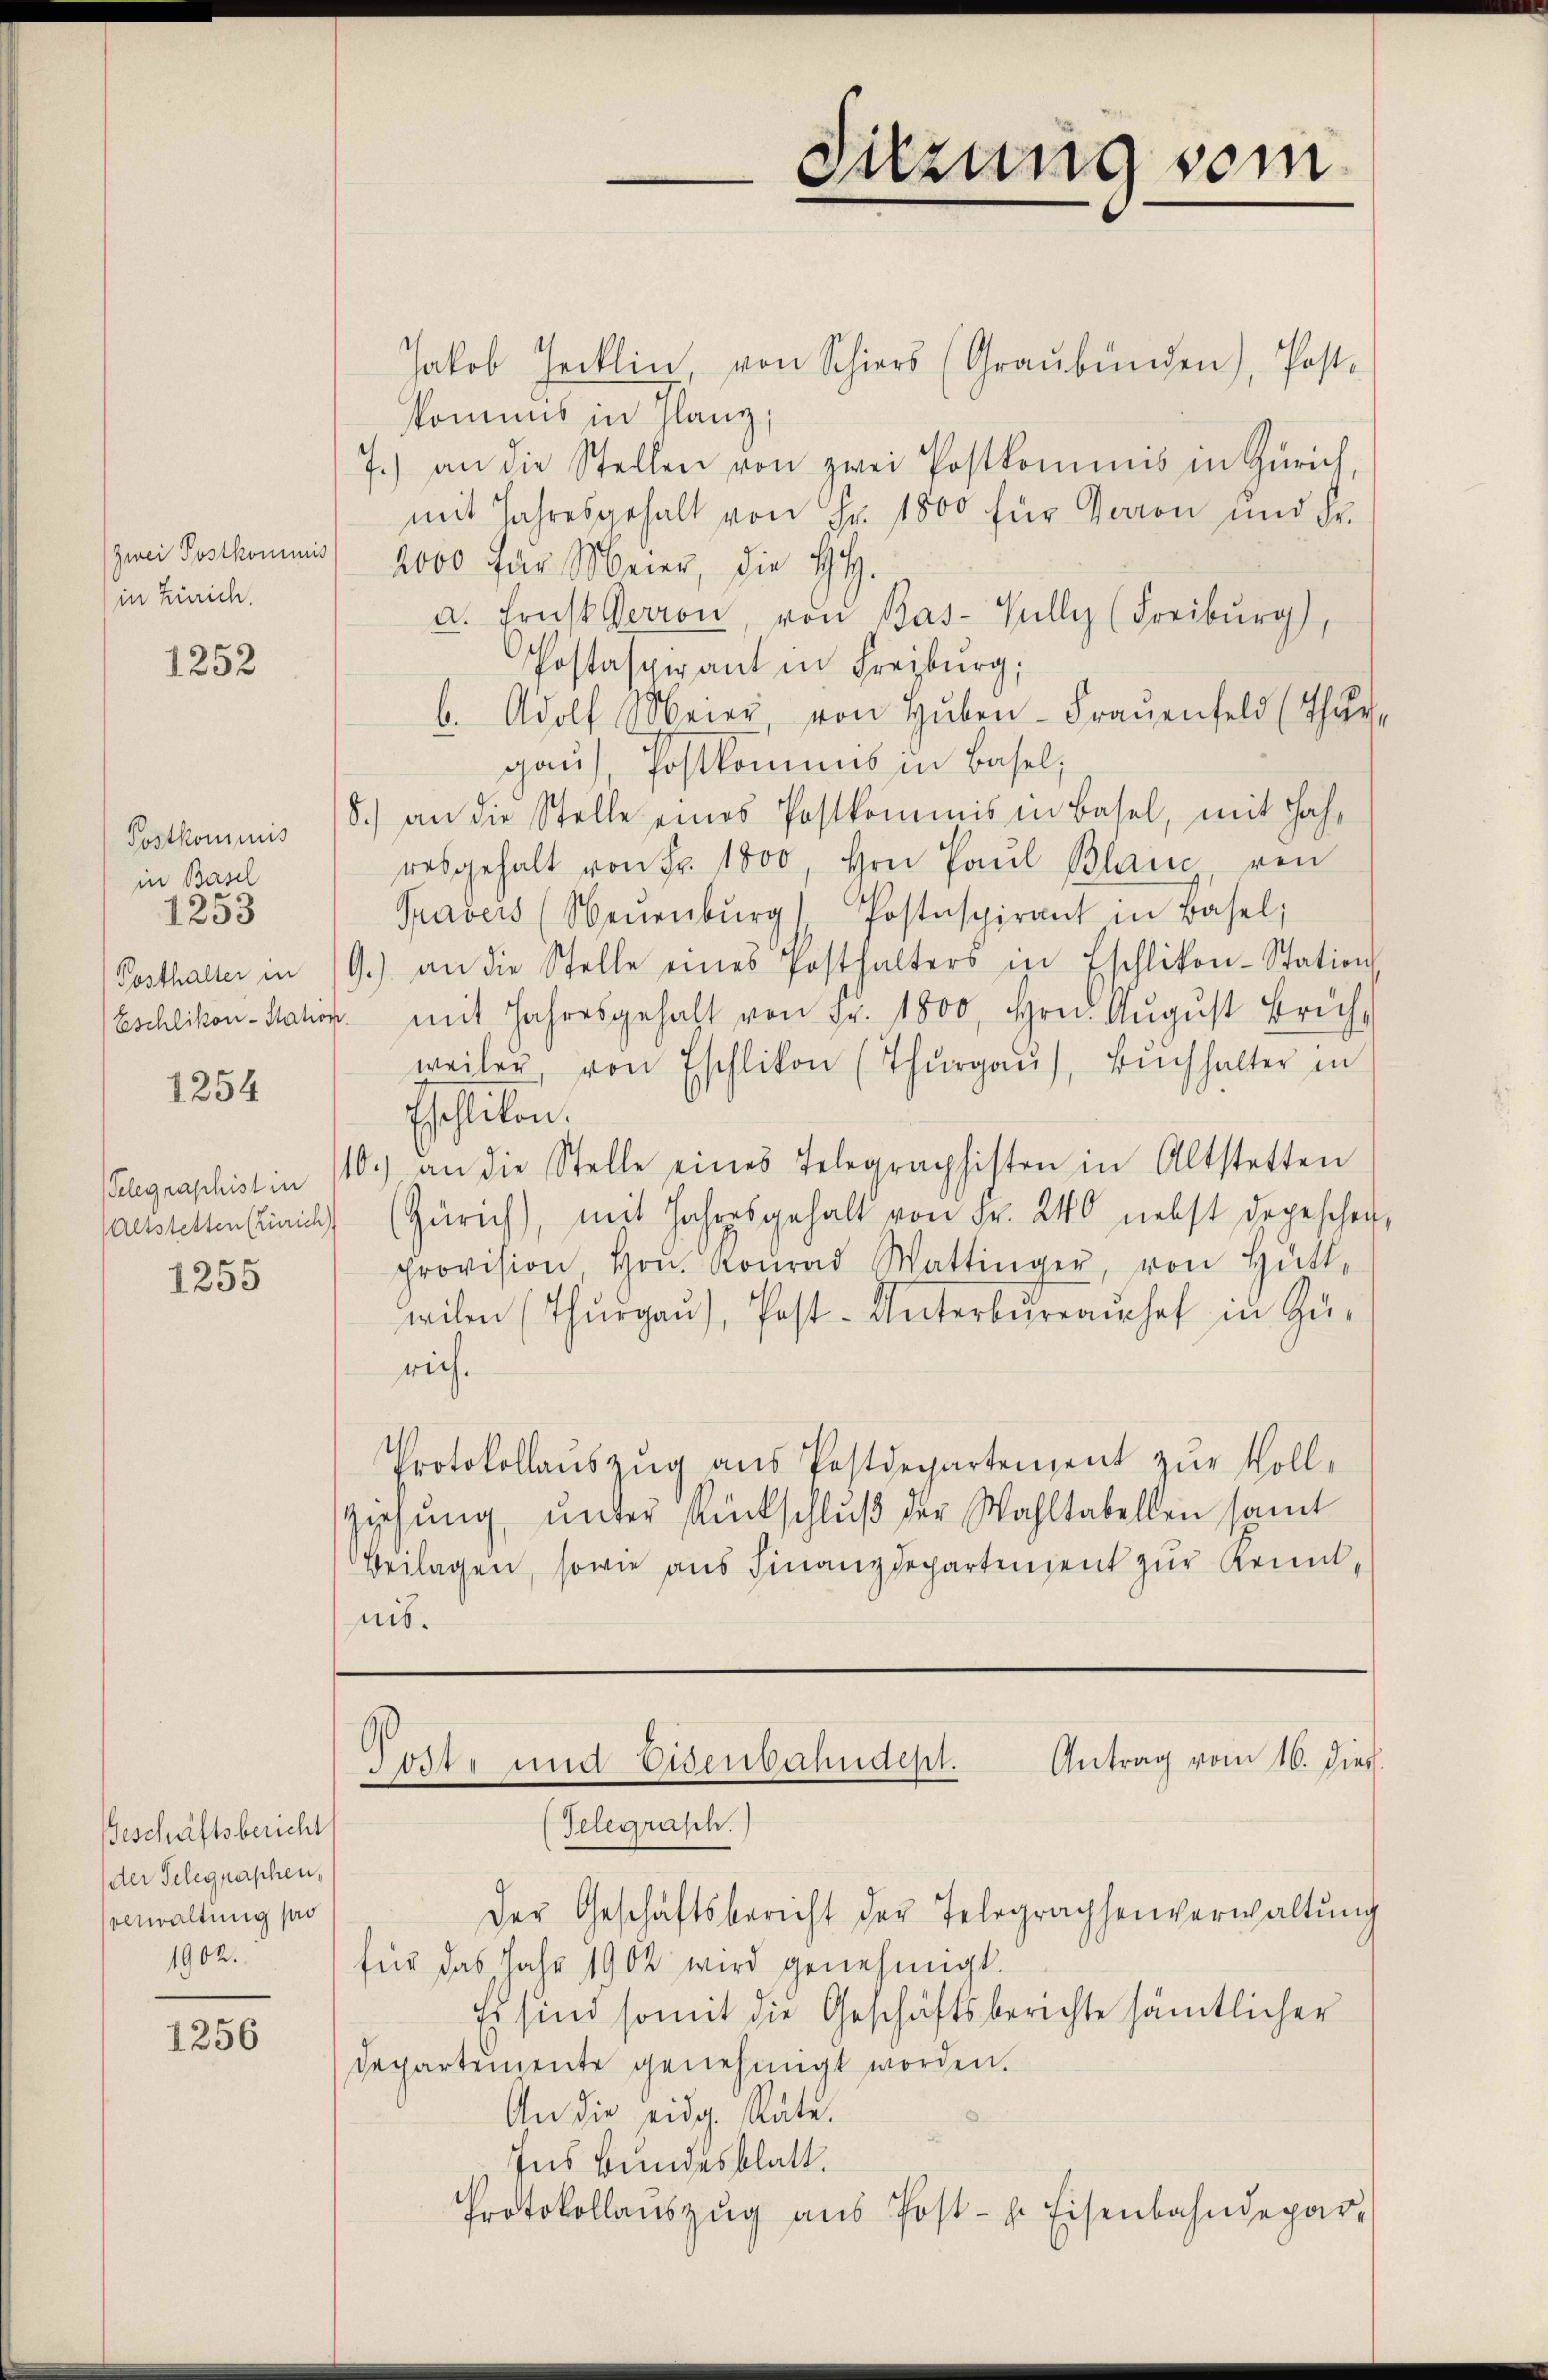
zwei Postkommis
in Zürich.

1252

in Basel
1253

1254

1255

Beschäftsbericht
der Telegraphen,
ennwaltung so
1902.

1256

Jakob Jecklin, von Schiers (Graubünden), Post.
kommis in flanz;
7.) an die Stellen von zwei Postkommnis in Zürich,
mit Jahresgehalt von Fr. 1800 für davon und Fr.
2000 für Meier, die H.H.
a. Frist Perron, von Bas-Kully (Freiburg)
Postaspirant in Freyburg,
b. Adolf Meier von Hŭben-Frauenfeld (Thur-
gaus, Postkommis in Basel;
Postkommnis 18.) an die Stelle eines Postkommis in Basel, mit Jahr
resgehalt von Fr. 1800, Hrn. Paŭl Blau von
Pravers (Neŭenbŭrg Postaspirant in Basel;
Posthalter in 19.) an die Stelle eines Posthalters in Eschlikon-Station
Eschlikon-Station mit Jahresgehalt von Fr. 1800, Hrn. Aŭgŭst Brüh-
weiler, von Eschlikon (Thŭrgaŭ, Bŭchhalter in
Eschlikon.
Klegraphist in 140.) an die Stelle eines Telegraphisten in Altstetten
(Altstettenstrich (Zürich), mit Jahresgehalt von Fr. 240 nebst depeschen,
provision, Hrn. Konrad Wattinger, von Hütte
wilen (Thurgau), Post- Unterbureauchel in Zurich.
Protokollauszug aus Postdepartement zur Voll-
Ziehung, unter Amtschluß der Wahltabellen somit
Beilagen, sowie aus Finanzdepartendent zur Kenntnis.

Sitzung sein

Antrag vom 16. Died.
Toste und Eisenbahndept.
Telegrasch.)
Der Geschäftsbericht der Telegraphenverwaltung

für das Jahr 1902 wird genehmigt.
Es sind somit die Geschäftsberichte sämtlicher
Departemente genehmigt worden.
An die eidg. Räte.
Ins Bundesblatt.
Protokollaŭszŭg aŭs Post- h. Eisenbahndepar